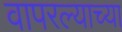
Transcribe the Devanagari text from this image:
वापरल्याच्या